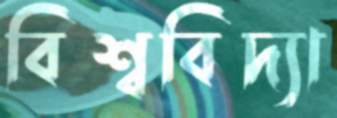
বিশ্ববিদ্যা